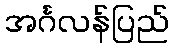
အင်္ဂလန်ပြည်